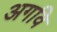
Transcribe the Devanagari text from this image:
अगवि